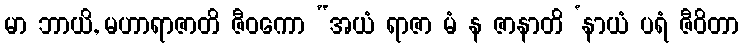
မာ ဘာယိ, မဟာရာဇာတိ ဇီဝကော “အယံ ရာဇာ မံ န ဇာနာတိ ‘နာယံ ပရံ ဇီဝိတာ